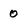
Character: 0